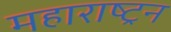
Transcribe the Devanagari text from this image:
महाराष्ट्रन